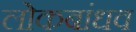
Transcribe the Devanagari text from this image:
लोकबांधव